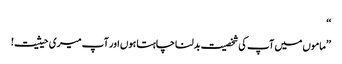
‘‘
’’ماموں میں آپ کی شخصیت بدلنا چاہتا ہوں اور آپ میری حیثیت!